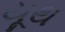
યૂથ